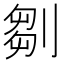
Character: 𠞃